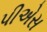
પીએસ